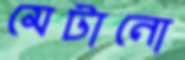
মেটানো